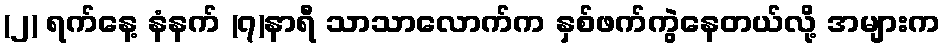
(၂) ရက်နေ့ နံနက် (၇)နာရီ သာသာလောက်က နှစ်ဖက်ကွဲနေတယ်လို့ အများက